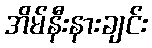
အိမ်နီးနားချင်း